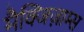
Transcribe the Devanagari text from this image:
मैक्जिज़ाम्स